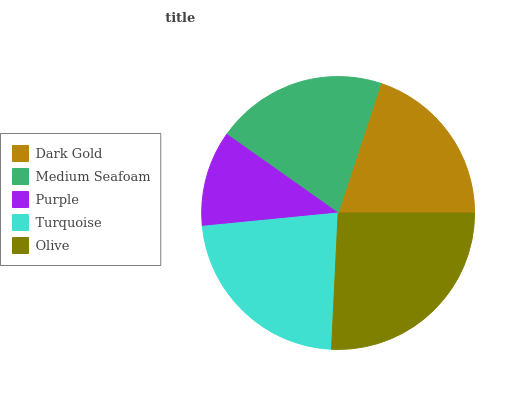
| Dark Gold | Medium Seafoam | Purple | Turquoise | Olive |
 | --- | --- | --- | --- | --- |
 | 19.9% | 20.2% | 11.4% | 22.6% | 25.8% |